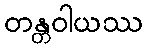
တန္တဝါယဿ